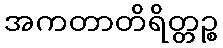
အကတာတိရိတ္တဉ္စ